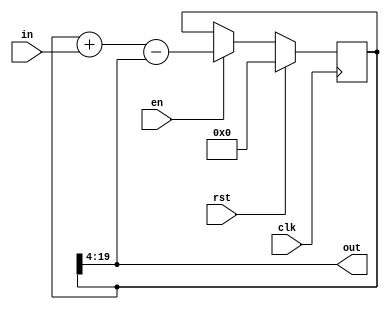
module iirLowPassSinglePole
#(
    parameter GAIN = 4,
    parameter WIDTH = 16
) (
    input clk,
    input rst,
    input en,
    input signed [WIDTH-1:0] in,
    output wire signed [WIDTH-1:0] out
);

reg signed [WIDTH+GAIN-1:0] accumulator;

always @(posedge clk) begin
    if (rst) begin
        accumulator <= 'd0;
    end else if (en) begin
        accumulator <= accumulator + in - out;
    end
end

assign out = accumulator[WIDTH+GAIN-1:GAIN];

endmodule